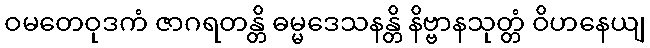
ဝမတေဝုဒကံ ဇာဂရတန္တိ ဓမ္မဒေသနန္တိ နိဗ္ဗာနသုတ္တံ ဝိဟနေယျ